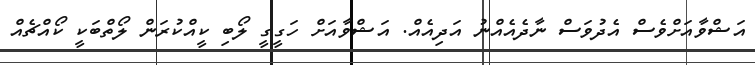
އަޝްވާއަށްވެސް އެދުވަސް ނާދެއެއްނު އަދިއެއް. އަޝްވާއަށް ހަގީގީ ލޯބި ކީއްކުރަން ލޯތްބަކީ ކޯއްޗެއް